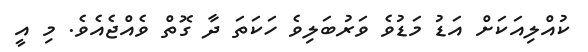
ކުއްލިއަކަށް އަޑު މަޑުވެ ވަރުބަލިވެ ހަކަތަ ދާ ގޮތް ވެއްޖެއެވެ. މި އީ